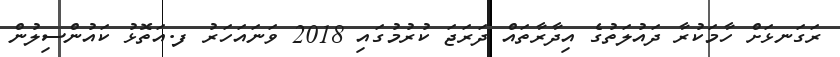
ރަގަނޅަށް ހާމަކުރާ ދައުލަތުގެ އިދާރާތައް ދަރަޖަ ކުރުމުގައި 2018 ވަނައަހަރު ފ.އަތޮޅު ކައުންސިލުން